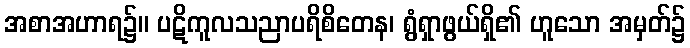
အစာအဟာရ၌။ ပဋိကူလသညာပရိစိတေန၊ ရွံရှာဖွယ်ရှိ၏ ဟူသော အမှတ်၌